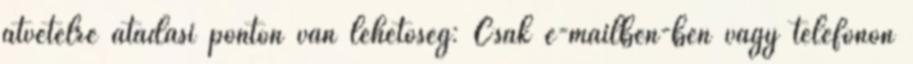
átvételre átadási ponton van lehetőség: Csak e-mailben-ben vagy telefonon